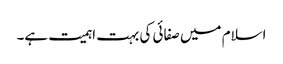
اسلام میں صفائی کی بہت اہمیت ہے۔